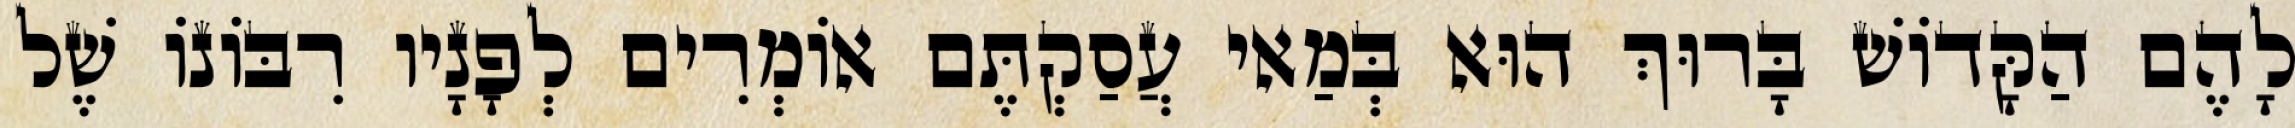
לָהֶם הַקָּדוֹשׁ בָּרוּךְ הוּא בְּמַאי עֲסַקְתֶּם אוֹמְרִים לְפָנָיו רִבּוֹנוֹ שֶׁל